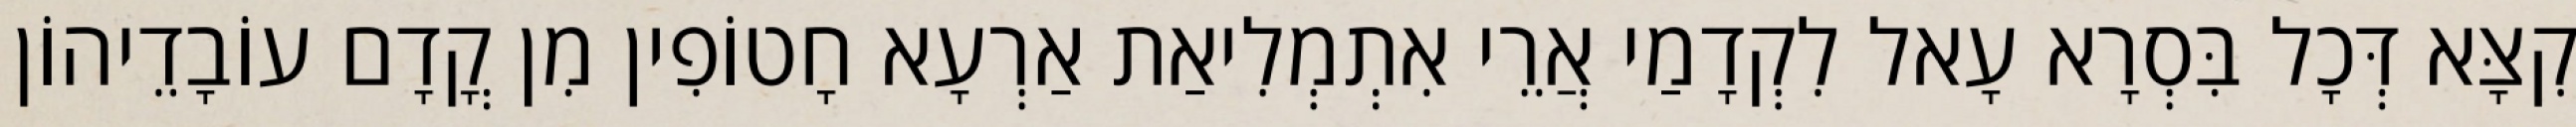
קִצָּא דְּכָל בִּסְרָא עָאל לִקְדָמַי אֲרֵי אִתְמְלִיאַת אַרְעָא חָטוֹפִין מִן קֳדָם עוֹבָדֵיהוֹן